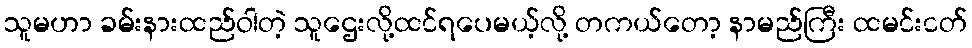
သူမဟာ ခမ်းနားထည်ဝါတဲ့ သူဌေးလို့ထင်ရပေမယ့်လို့ တကယ်တော့ နာမည်ကြီး ထမင်းငတ်